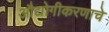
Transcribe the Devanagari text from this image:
औद्योगीकरणाचे